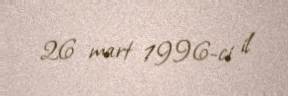
26 mart 1996-ci il